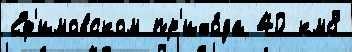
Еф'имовском пр'ихо́да 40 км8